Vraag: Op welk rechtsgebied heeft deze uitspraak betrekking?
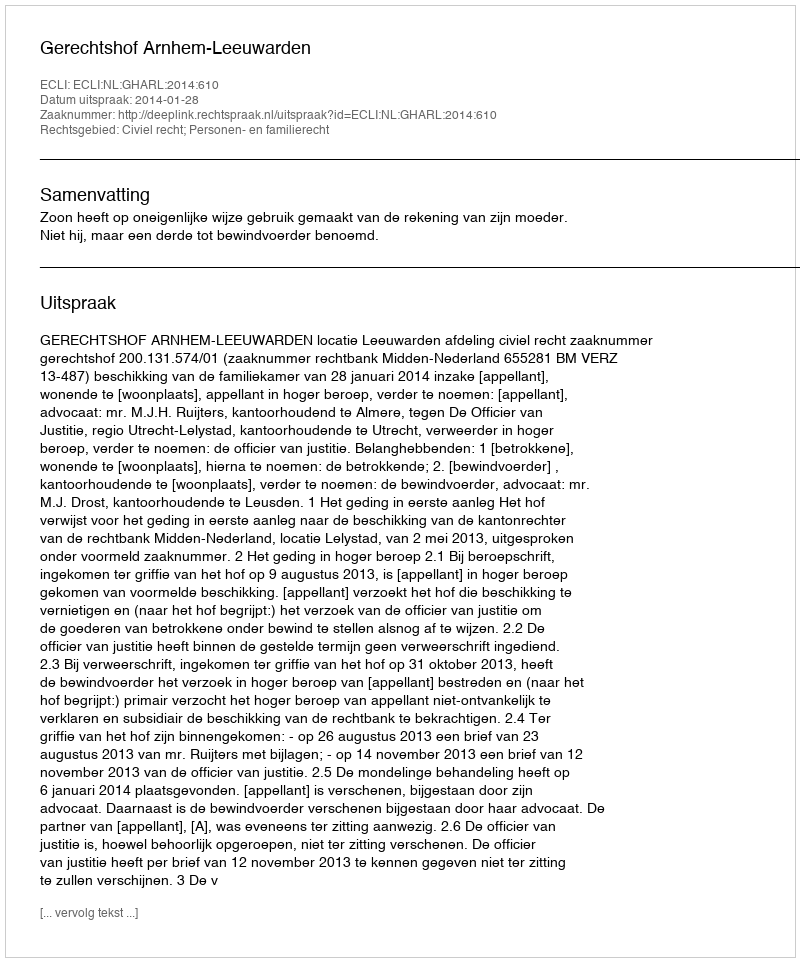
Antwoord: Civiel recht; Personen- en familierecht